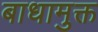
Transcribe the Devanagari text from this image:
बाधामुक्त